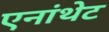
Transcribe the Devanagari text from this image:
एनांथेट